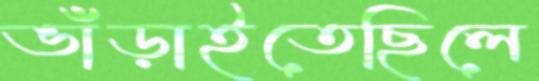
ভাঁড়াইতেছিলে